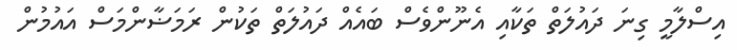
އިސްލާމީ ގިނަ ދައުލަތް ތަކާއި އެނޫންވެސް ބައެއް ދައުލަތް ތަކުން ރަމަޟާންމަސް އައުމުން